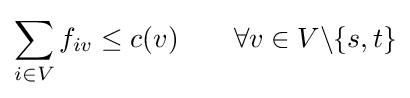
\sum _{i\in V}f_{iv}\leq c(v)\qquad \forall v\in V\backslash \{s,t\}